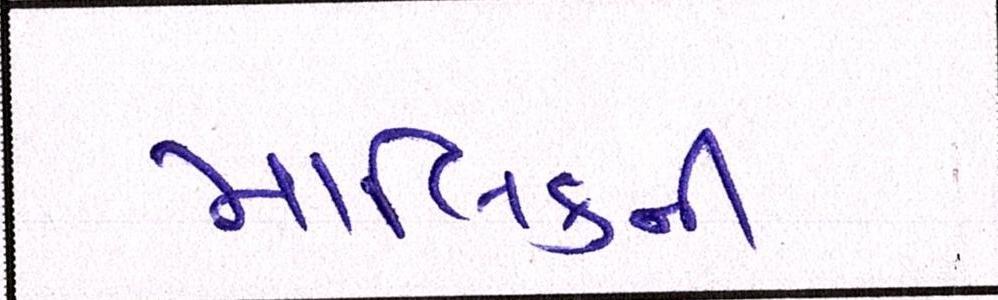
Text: માલિકની